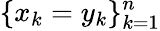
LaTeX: \{ x_{k}=y_{k}\} _{k=1}^{n}